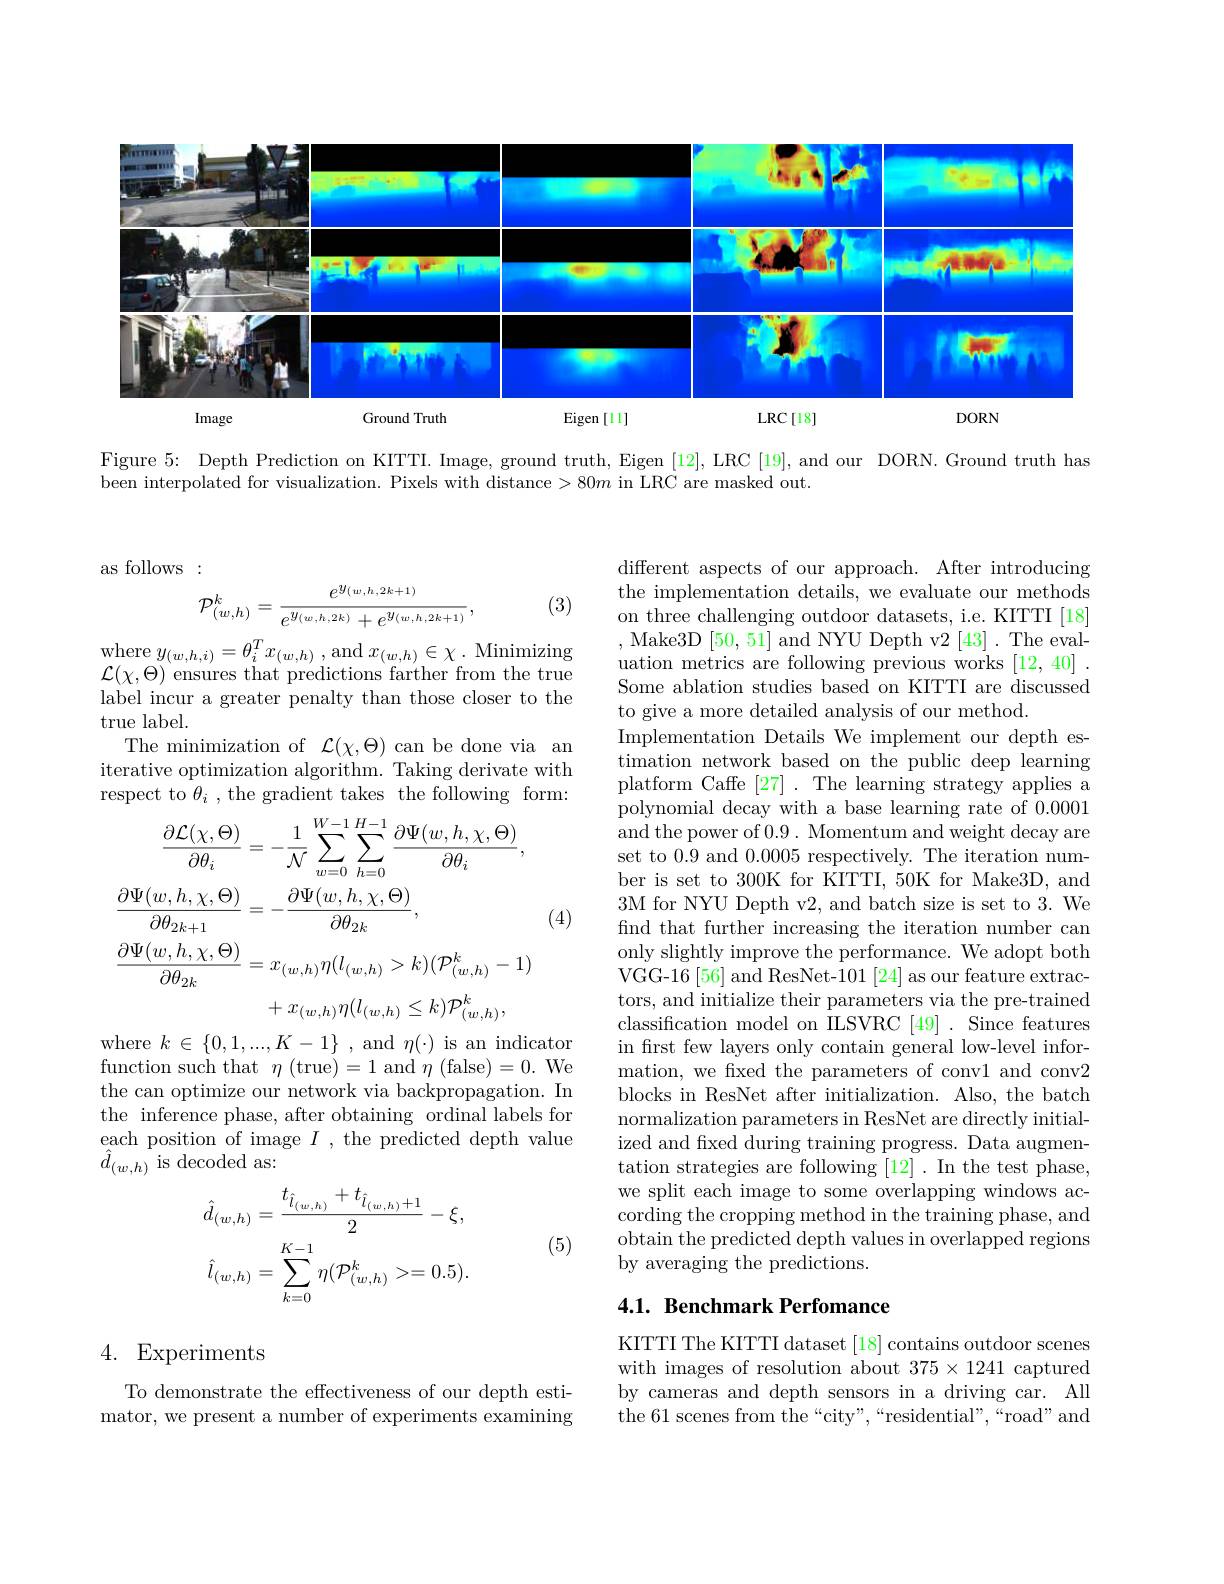
<FigureHere>

Figure 5: Depth Prediction on KITTI. Image, ground truth, Eigen [12], LRC [19], and our DORN.Ground truth has

been interpolated for visualization. Pixels with distance $>80m$ in LRC are masked out.

as follows:

(3)
$$\mathcal{P}_{(w,h)}^{k}=\frac{e^{y_{(w,h,2k+1)}}}{e^{y_{(w,h,2k)}}+e^{y_{(w,h,2k+1)}}},$$
$\begin{array}{l}{\mathrm{where~}y_{(w,h,i)}=\theta_{i}^{T}x_{(w,h)}\:,\:\mathrm{and~}x_{(w,h)}\in\chi.\:\mathrm{Minimizing}}\\{\mathcal{C}(\mathrm{~O})}\end{array}$

$\mathcal{L}(\chi,\Theta)$ ensures that predictions farther from the true label incur a greater penalty than those closer to the true label.
The minimization of $\mathcal{L}(\chi,\Theta)$ can be done via an iterative optimization algorithm. Taking derivate with respect to $\theta_i$ , the gradient takes the following form:
$$\begin{aligned}\frac{\partial\mathcal{L}(\chi,\Theta)}{\partial\theta_{i}}&=-\frac{1}{\mathcal{N}}\sum_{w=0}^{W-1}\sum_{h=0}^{H-1}\frac{\partial\Psi(w,h,\chi,\Theta)}{\partial\theta_{i}},\\\frac{\partial\Psi(w,h,\chi,\Theta)}{\partial\theta_{2k+1}}&=-\frac{\partial\Psi(w,h,\chi,\Theta)}{\partial\theta_{2k}},\\\frac{\partial\Psi(w,h,\chi,\Theta)}{\partial\theta_{2k}}&=x_{(w,h)}\eta(l_{(w,h)}>k)(\mathcal{P}_{(w,h)}^{k}-1)\\&+x_{(w,h)}\eta(l_{(w,h)}\leq k)\mathcal{P}_{(w,h)}^{k},\end{aligned}$$
(4)

where $k\in\{0,1,...,K-1\}$ , and $\eta(\cdot)$ is an indicator function such that $\eta$ (true)=1 and $\eta$ (false)=0. We the can optimize our network via backpropagation. In the inference phase, after obtaining ordinal labels for each position of image $I$ , the predicted depth value $\hat{d}_{(w,h)}$is decoded as:
$$\hat{d}_{(w,h)}=\frac{t_{\hat{l}_{(w,h)}}+t_{\hat{l}_{(w,h)}+1}}{2}-\xi,\\\hat{l}_{(w,h)}=\sum_{k=0}^{K-1}\eta(\mathcal{P}_{(w,h)}^{k}>=0.5).$$
(5)

## 4. Experiments

To demonstrate the effectiveness of our depth estimator, we present a number of experiments examining

different aspects of our approach. After introducing the implementation details, we evaluate our methods on three challenging outdoor datasets, i.e. KITTI [18] ,Make3D[50,51] and NYU Depth v2[43].The evaluation metrics are following previous works [12,40]. Some ablation studies based on KITTI are discussed to give a more detailed analysis of our method.
Implementation Details We implement our depth es- $\bar{\text{timation network based on the public deep learning}}$ platform Caffe [27]. The learning strategy applies a polynomial decay with a base learning rate of 0.0001 and the power of 0.9. Momentum and weight decay are set to 0.9 and 0.0005 respectively. The iteration number is set to 300K for KITTI, 50K for Make3D, and 3M for NYU Depth v2, and batch size is set to 3. We find that further increasing the iteration number can only slightly improve the performance. We adopt both VGG-16[56] and ResNet-101[24] as our feature extractors, and initialize their parameters via the pre-trained classification model on ILSVRC [49]. Since features in first few layers only contain general low-level information, we fixed the parameters of conv1 and conv2 blocks in ResNet after initialization. Also, the batch normalization parameters in ResNet are directly initialized and fixed during training progress. Data augmentation strategies are following [12]. In the test phase, we split each image to some overlapping windows according the cropping method in the training phase, and obtain the predicted depth values in overlapped regions by averaging the predictions.

## 4.1. Benchmark Perfomance

KITTI The KITTI dataset [18] contains outdoor scenes with images of resolution about $375\times1241$ captured by cameras and depth sensors in a driving car. All the 61 scenes from the“city”,“residential”,“road”and